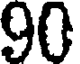
90